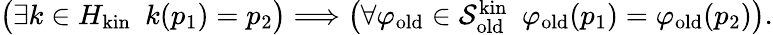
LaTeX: \begin{array}{r}{\big(\exists k\in H_{\mathrm{kin}}\ \ k(p_{1})=p_{2}\big)\Longrightarrow\big(\forall\varphi_{\mathrm{old}}\in\mathcal{S}_{\mathrm{old}}^{\mathrm{kin}}\ \ \varphi_{\mathrm{old}}(p_{1})=\varphi_{\mathrm{old}}(p_{2})\big).}\end{array}